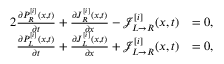
\begin{array} { r l } { { 2 } \frac { \partial P _ { R } ^ { [ i ] } ( x , t ) } { \partial t } + \frac { \partial J _ { R } ^ { [ i ] } ( x , t ) } { \partial x } - \mathcal { J } _ { L \rightarrow R } ^ { [ i ] } ( x , t ) } & { = 0 , } \\ { \frac { \partial P _ { L } ^ { [ i ] } ( x , t ) } { \partial t } + \frac { \partial J _ { L } ^ { [ i ] } ( x , t ) } { \partial x } + \mathcal { J } _ { L \rightarrow R } ^ { [ i ] } ( x , t ) } & { = 0 , } \end{array}